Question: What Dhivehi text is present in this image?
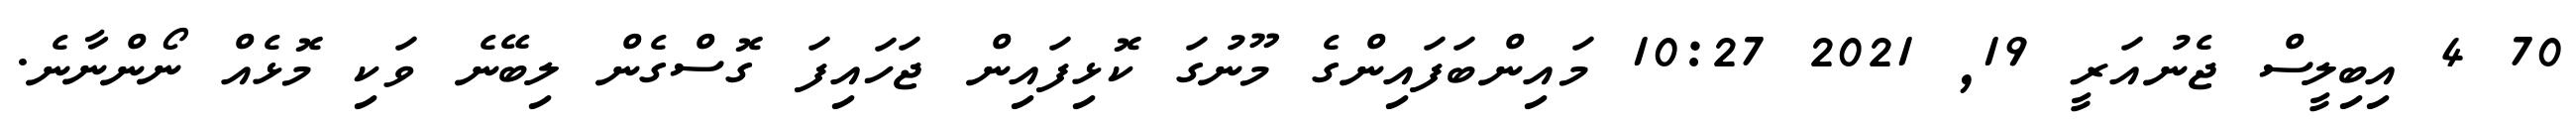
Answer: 70 4 އިބިލީސް ޖެނުއަރީ 19, 2021 10:27 މައިންބަފައިންގެ މޫނުގަ ކޮޅިފައިން ޖަހައިފަ ގޮސްގެން ލިބޭނެ ވަކި މޮޅެއް ނޯންނާނެ.